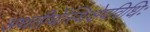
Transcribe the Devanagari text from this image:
अथतीर्थेस्थिक्षेपविधिः